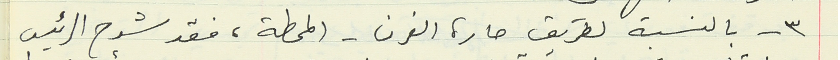
٣ - بالنسبة لطريق حارة الفرن - المحطة، فقد شرح الرئيس